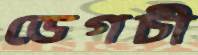
ডেগচী